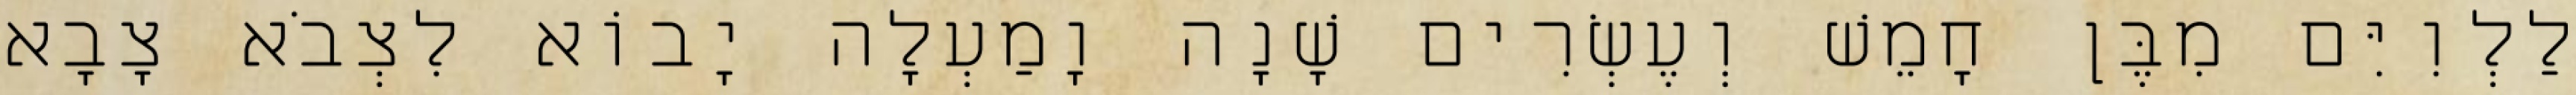
לַלְוִיִּם מִבֶּן חָמֵשׁ וְעֶשְׂרִים שָׁנָה וָמַעְלָה יָבוֹא לִצְבֹא צָבָא